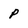
Character: p